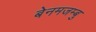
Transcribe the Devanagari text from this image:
बेनमजम्बु